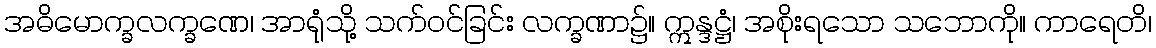
အဓိမောက္ခလက္ခဏေ၊ အာရုံသို့ သက်ဝင်ခြင်း လက္ခဏာ၌။ ဣန္ဒဋ္ဌံ၊ အစိုးရသော သဘောကို။ ကာရေတိ၊